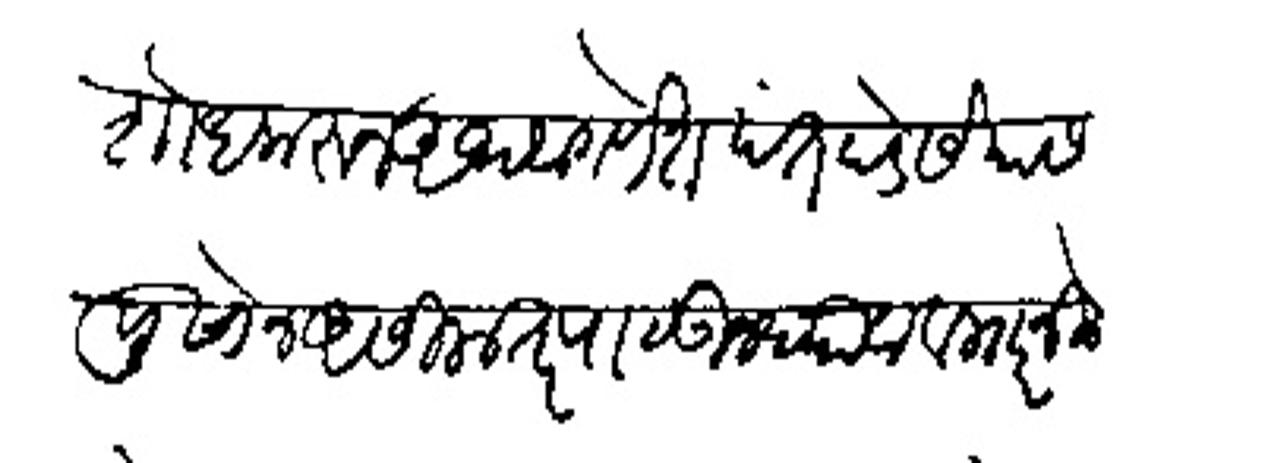
Transliteration (Devanagari): शोध करून अथवा गणेकपंत पेडसे पास पुसोन असिला तर पाठऊन यावा व माारतिले